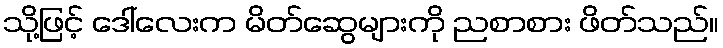
သို့ဖြင့် ဒေါ်လေးက မိတ်ဆွေများကို ညစာစား ဖိတ်သည်။